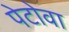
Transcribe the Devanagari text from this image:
पेटोवा